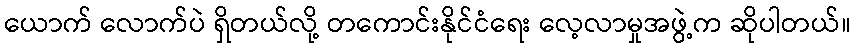
ယောက် လောက်ပဲ ရှိတယ်လို့ တကောင်းနိုင်ငံရေး လေ့လာမှုအဖွဲ့က ဆိုပါတယ်။